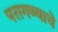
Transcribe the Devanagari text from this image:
परागण्याचे